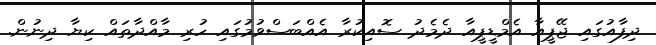
ދިފާއުގައި ޖޭޕީއާ އެމްޑީޕީއާ ދެމެދު ސޮއިކުރާ އެއްބަސްވުމުގައި ހުރި މާއްދާތައް ކިޔާ ދިނުން.